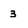
Character: 3